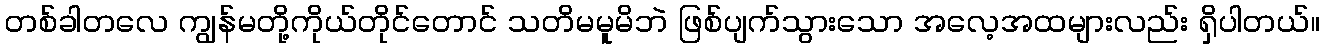
တစ်ခါတလေ ကျွန်မတို့ကိုယ်တိုင်တောင် သတိမမူမိဘဲ ဖြစ်ပျက်သွားသော အလေ့အထများလည်း ရှိပါတယ်။